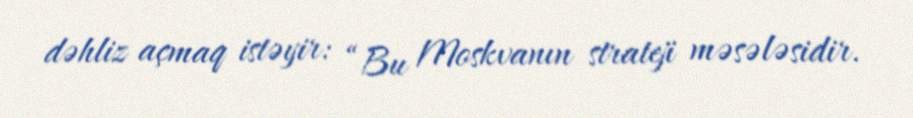
dəhliz açmaq istəyir: “Bu Moskvanın strateji məsələsidir.